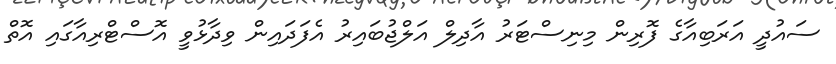
ސައުދީ އަރަބިއާގެ ފޮރިން މިނިސްޓަރު އާދިލް އަލްޖުބައިރު އެފަދައިން ވިދާޅުވީ އޮސްޓްރިއާގައި އޮތް